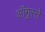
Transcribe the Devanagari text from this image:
ऑगुस्ते